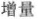
增量